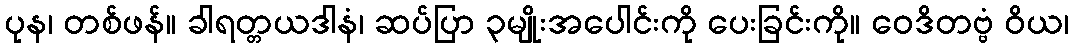
ပုန၊ တစ်ဖန်။ ခါရတ္တယဒါနံ၊ ဆပ်ပြာ ၃မျိုးအပေါင်းကို ပေးခြင်းကို။ ဝေဒိတဗ္ဗံ ဝိယ၊